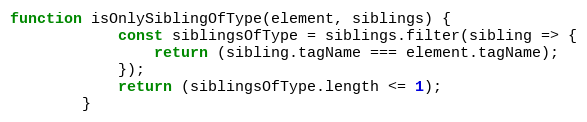
Language: JavaScript
function isOnlySiblingOfType(element, siblings) {
			const siblingsOfType = siblings.filter(sibling => {
				return (sibling.tagName === element.tagName);
			});
			return (siblingsOfType.length <= 1);
		}